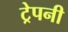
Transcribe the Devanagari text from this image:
ट्रेपनी